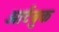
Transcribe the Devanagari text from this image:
आर्टबुक